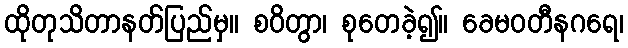
ထိုတုသိတာနတ်ပြည်မှ။ စဝိတွာ၊ စုတေခဲ့၍။ ခေမဝတီနဂရေ၊